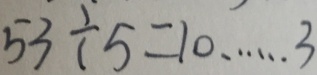
5 3 \div 5 = 1 0 \cdots 3